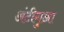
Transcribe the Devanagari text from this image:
अंटीगुआ